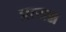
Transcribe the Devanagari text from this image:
प्रत्यन्न